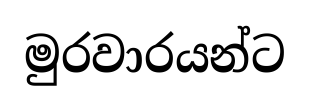
මුරවාරයන්ට